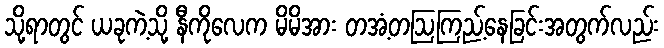
သို့ရာတွင် ယခုကဲ့သို့ နီကိုလေက မိမိအား တအံ့တဩကြည့်နေခြင်းအတွက်လည်း